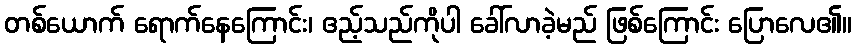
တစ်ယောက် ရောက်နေကြောင်း၊ ဧည့်သည်ကိုပါ ခေါ်လာခဲ့မည် ဖြစ်ကြောင်း ပြောလေ၏။